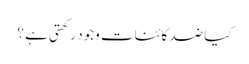
کیا ضد کائنات وجود رکھتی ہے ؟